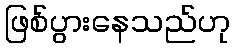
ဖြစ်ပွားနေသည်ဟု